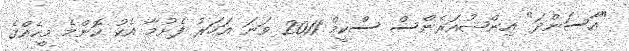
"އާސަންދަ" އިންޝުއަރެންސް ސްކީމް 2011 ވަނަ އަހަރު ފެށުމާ އެކު ކޮންމެ މީހެއްގެ